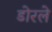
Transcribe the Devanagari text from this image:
डोरले